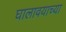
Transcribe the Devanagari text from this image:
घालावयाच्या